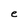
Character: e